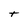
Character: t